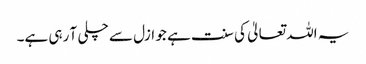
یہ اللہ تعالیٰ کی سنت ہے جو ازل سے چلی آ رہی ہے۔